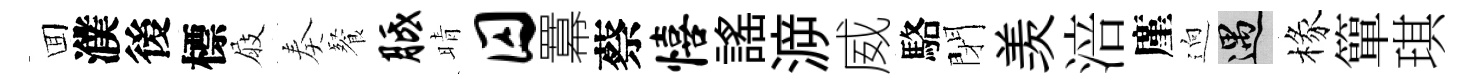
囬濮後標屐奏餐胝晴囚羃蔡僖謡㴑威駱閉羡涪廑逈遇椽簞琪